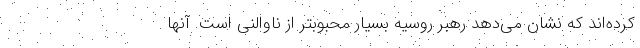
کرده‌اند که نشان می‌دهد رهبر روسیه بسیار محبوبتر از ناوالنی است. آنها